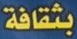
بثقافة